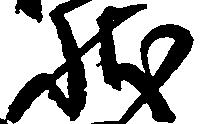
状